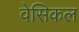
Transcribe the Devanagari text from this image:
वेसिकल